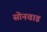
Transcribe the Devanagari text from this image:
सोनवाड